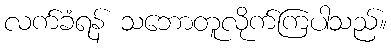
လက်ခံရန် သဘောတူလိုက်ကြပါသည်။